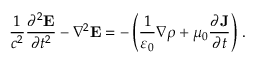
{ \frac { 1 } { c ^ { 2 } } } { \frac { \partial ^ { 2 } \mathbf { E } } { \partial t ^ { 2 } } } - \nabla ^ { 2 } \mathbf { E } = - \left( { \frac { 1 } { \varepsilon _ { 0 } } } \nabla \rho + \mu _ { 0 } { \frac { \partial \mathbf { J } } { \partial t } } \right) \, .